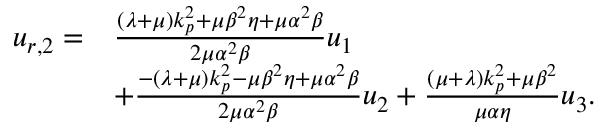
\begin{array} { r l } { u _ { r , 2 } = } & { \frac { ( \lambda + \mu ) k _ { p } ^ { 2 } + \mu \beta ^ { 2 } \eta + \mu \alpha ^ { 2 } \beta } { 2 \mu \alpha ^ { 2 } \beta } u _ { 1 } } \\ & { + \frac { - ( \lambda + \mu ) k _ { p } ^ { 2 } - \mu \beta ^ { 2 } \eta + \mu \alpha ^ { 2 } \beta } { 2 \mu \alpha ^ { 2 } \beta } u _ { 2 } + \frac { ( \mu + \lambda ) k _ { p } ^ { 2 } + \mu \beta ^ { 2 } } { \mu \alpha \eta } u _ { 3 } . } \end{array}